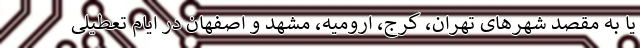
یا به مقصد شهرهای تهران، کرج، ارومیه، مشهد و اصفهان در ایام تعطیلی